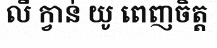
លី ក្វាន់ យូ ពេញចិត្ត